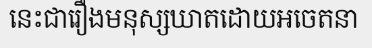
នេះជារឿងមនុស្សឃាតដោយអចេតនា